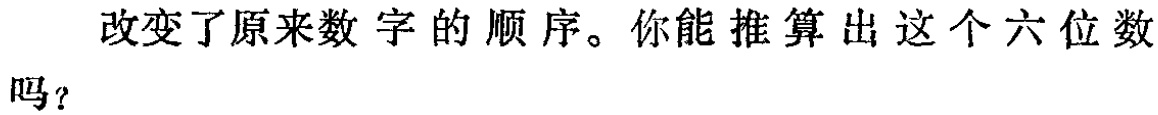
改变了原来数字的顺序。你能推算出这个六位数吗？